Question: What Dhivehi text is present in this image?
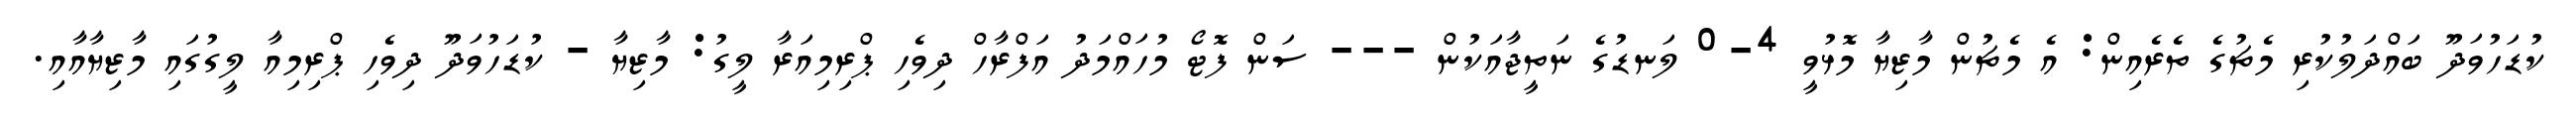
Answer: ކުޑަހުވަދޫ ބައްދަލުކުރި މެޗުގެ ތެރެއިން: އެ މެޗުން މާޒިޔާ މޮޅުވީ 4-0 ލަނޑުގެ ނަތީޖާއަކުން --- ސަން ފޮޓޯ މުހައްމަދު އަފްރާހް ދިވެހި ޕްރިމިއަރާ ލީގު: މާޒިޔާ - ކުޑަހުވަދޫ ދިވެހި ޕްރިމިއާ ލީގުގައި މާޒިޔާއާއި.